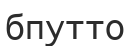
бпутто